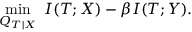
\min _ { Q _ { T | X } } \; I ( T ; X ) - \beta I ( T ; Y ) .